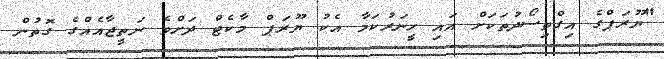
"ޔޫރަޕްގެ އިގްތިސޯދުތަކަށް އައި ހީނަރުކަމާ އެކު ޔޫރަޕް މާކެޓް ދަށްވެ ނަތީޖާއެއްގެ ގޮތުން